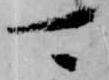
可